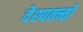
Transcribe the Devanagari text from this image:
देश्यतत्त्वों